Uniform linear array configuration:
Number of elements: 12
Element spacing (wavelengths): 0.5
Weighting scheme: cosine
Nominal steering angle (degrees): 0
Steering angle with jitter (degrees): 1.258
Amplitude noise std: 0.05
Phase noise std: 0.05

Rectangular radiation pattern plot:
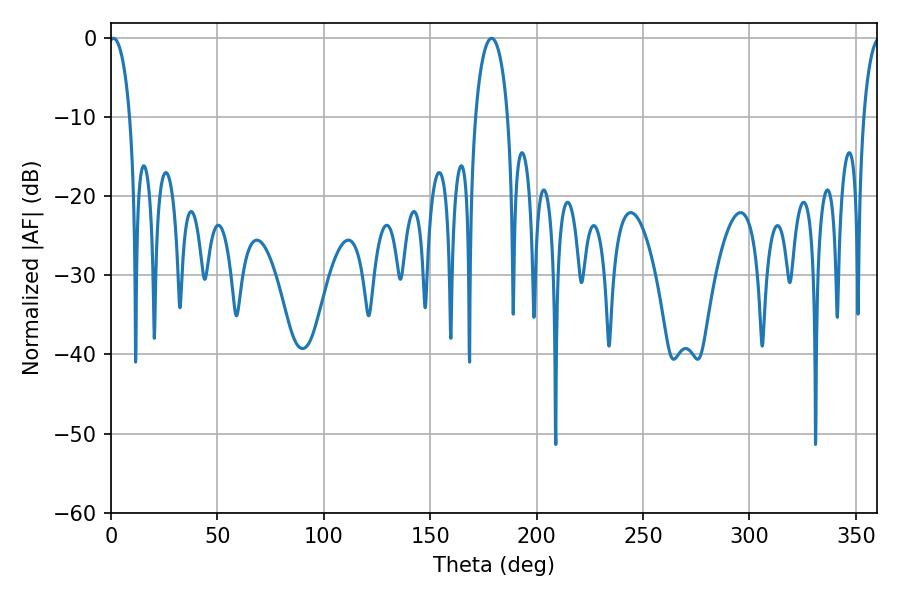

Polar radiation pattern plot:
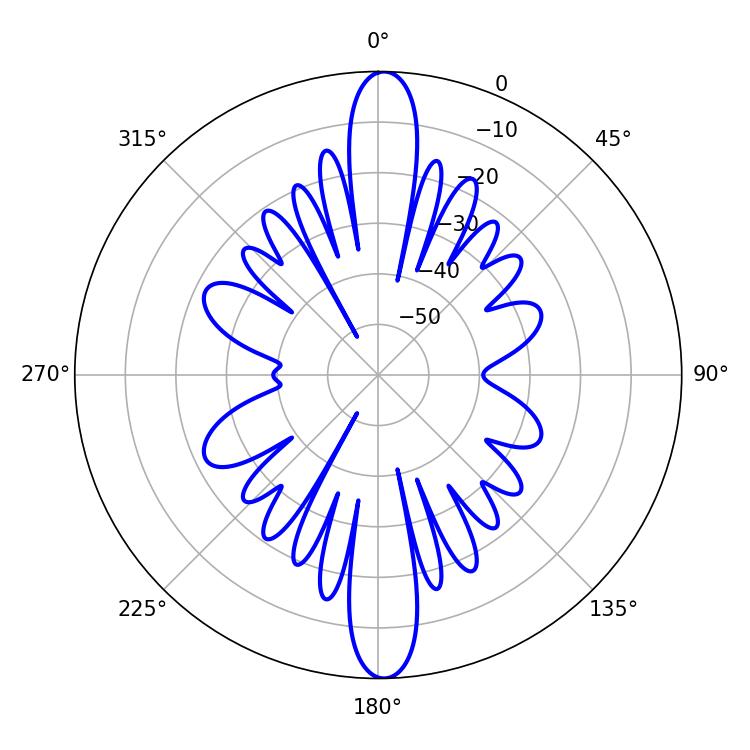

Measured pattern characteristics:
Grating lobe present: FALSE
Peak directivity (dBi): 25.311
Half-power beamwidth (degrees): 5.58
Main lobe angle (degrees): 1.26